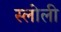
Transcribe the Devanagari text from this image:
स्लोली